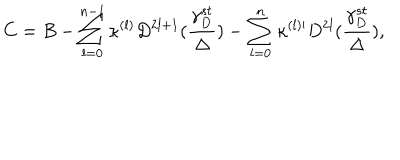
C = B - \sum _ { l = 0 } ^ { n - 1 } \kappa ^ { ( l ) } D ^ { 2 l + 1 } ( \frac { \gamma _ { D } ^ { s t } } { \Delta } ) - \sum _ { l = 0 } ^ { n } \kappa ^ { ( l ) \prime } D ^ { 2 l } ( \frac { \gamma _ { D } ^ { s t } } { \Delta } ) ,